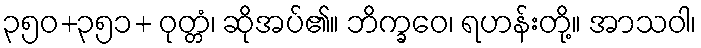
၃၅၀+၃၅၁+ ဝုတ္တံ၊ ဆိုအပ်၏။ ဘိက္ခဝေ၊ ရဟန်းတို့။ အာသဝါ၊